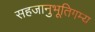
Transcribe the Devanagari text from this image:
सहजानुभूतिगम्य